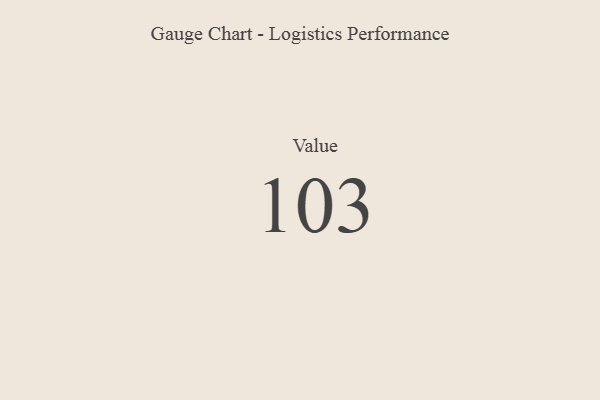
{"axis": {"x": "Metric", "y": "Value"}, "legend": [""], "data": [{"x": "Value", "y": 103, "type": ""}]}